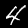
Digit: 4